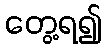
တွေ့ရ၍